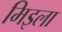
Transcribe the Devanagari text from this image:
मिइला